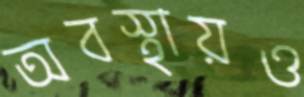
অবস্থায়ও